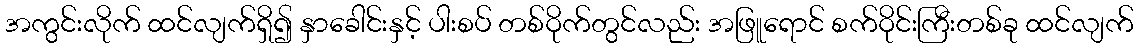
အကွင်းလိုက် ထင်လျက်ရှိ၍ နှာခေါင်းနှင့် ပါးစပ် တစ်ဝိုက်တွင်လည်း အဖြူရောင် စက်ဝိုင်းကြီးတစ်ခု ထင်လျက်